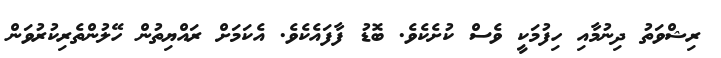
ރިޝްވަތު ދިނުމާއި ހިފުމަކީ ވެސް ކުށެކެވެ. ބޮޑު ފާފައެކެވެ. އެކަމަށް ރައްޔިތުން ހޭލުންތެރިކުރުވަން